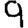
Digit: 9